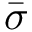
\bar { \sigma }